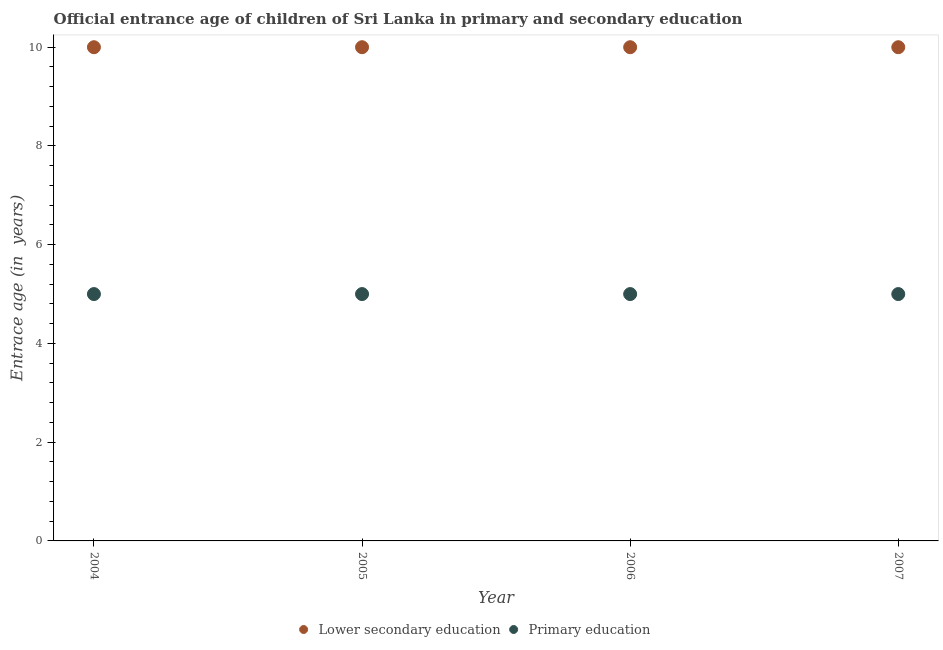
| Year | Lower secondary education | Primary education |
 | --- | --- | --- |
 | 2004 | 10 | 5 |
 | 2005 | 10 | 5 |
 | 2006 | 10 | 5 |
 | 2007 | 10 | 5 |